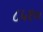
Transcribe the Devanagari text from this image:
८५१०